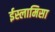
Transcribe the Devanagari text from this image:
ईस्लामिसा